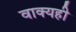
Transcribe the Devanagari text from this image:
वाक्यही